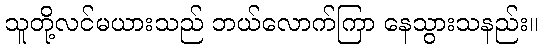
သူတို့လင်မယားသည် ဘယ်လောက်ကြာ နေသွားသနည်း။